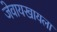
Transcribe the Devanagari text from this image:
जेवायखायला